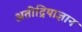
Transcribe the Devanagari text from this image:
अतींद्रियाज्ञान